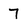
Character: 7